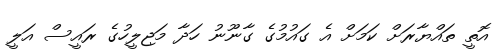
އޮތީ ތައްޔާރަށް ކަމަށް އެ ގައުމުގެ ގާނޫނު ހަދާ މަޖިލީހުގެ ރައީސް އަލީ